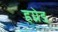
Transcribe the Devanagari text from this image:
हग्रेड